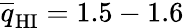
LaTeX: \overline{{q}}_{\mathrm{HI}}=1.5-1.6